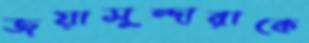
জয়াসুন্দারাকে